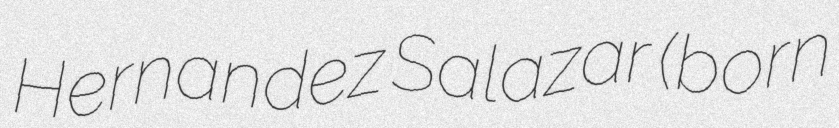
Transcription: Hernandez Salazar (born